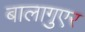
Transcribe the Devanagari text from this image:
बालागुएर